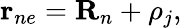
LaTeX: {\mathbf r}_{ne}={\mathbf R}_{n}+{\mathbf\rho}_{j},